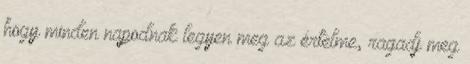
hogy minden napodnak legyen meg az értelme, ragadj meg